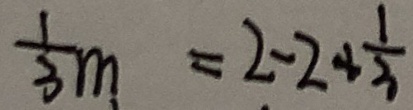
\frac { 1 } { 3 } m = 2 - 2 + \frac { 1 } { 3 }